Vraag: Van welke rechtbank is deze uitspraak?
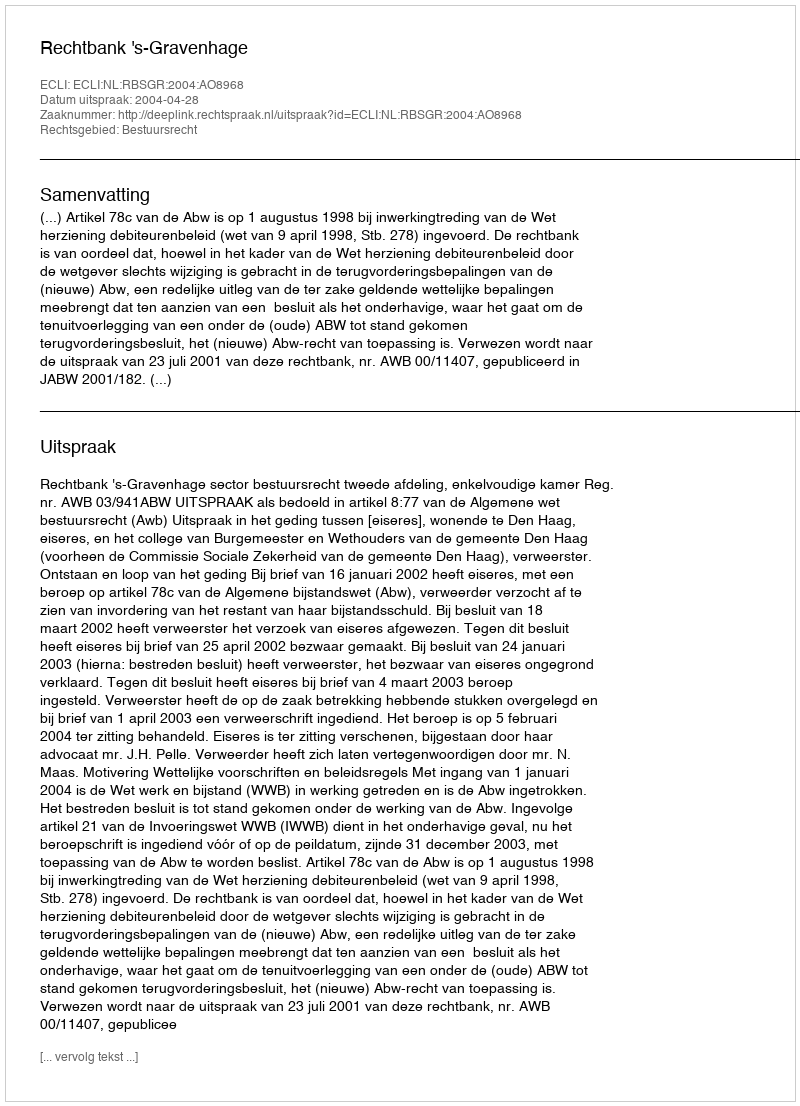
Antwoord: Rechtbank 's-Gravenhage